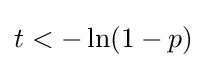
t<-\ln(1-p)